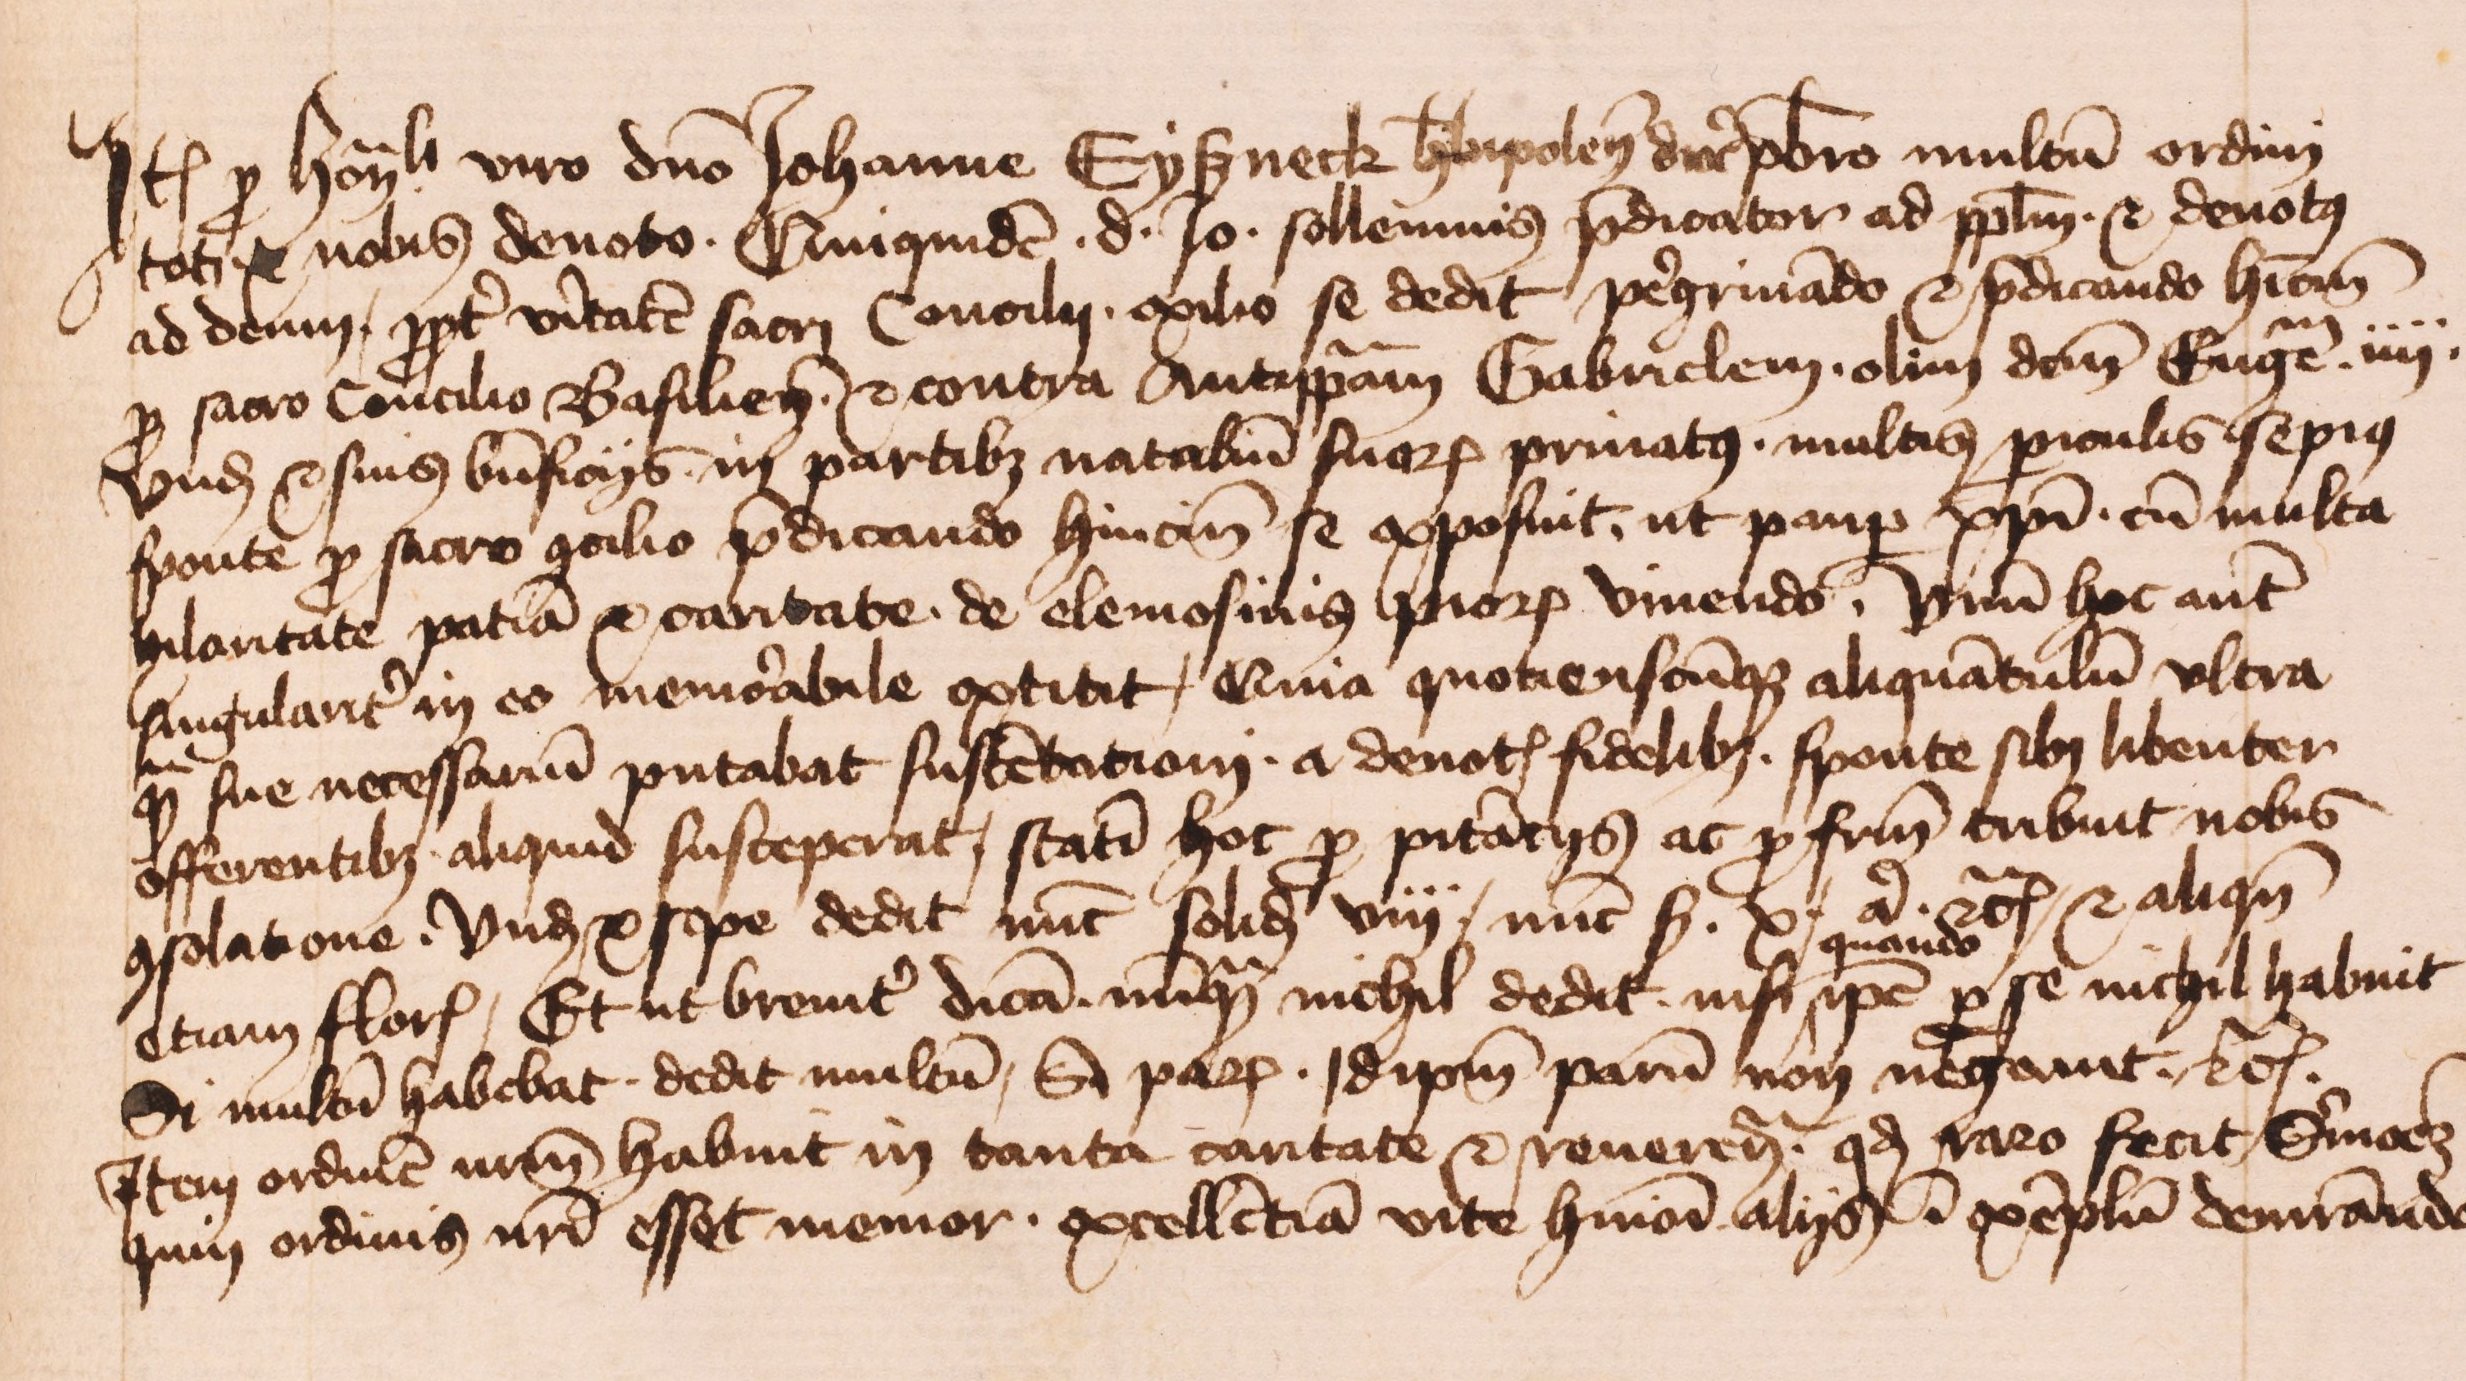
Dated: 1430–1520